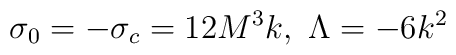
\sigma_0=-\sigma_c=12M^3k, ~\Lambda=-6k^2